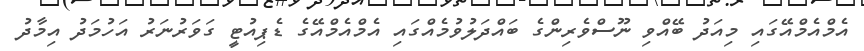
އެމްއެމްއޭގައި މިއަދު ބޭއްވި ނޫސްވެރިންގެ ބައްދަލުވުމެއްގައި އެމްއެމްއޭގެ ޑެޕިއުޓީ ގަވަރުނަރު އަހުމަދު އިމާދު